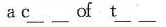
ac___ ___of t ___ ___